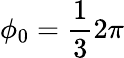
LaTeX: \phi_{0}=\frac{1}{3}2\pi